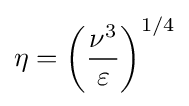
\eta =\left({\frac {\nu ^{3}}{\varepsilon }}\right)^{1/4}